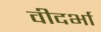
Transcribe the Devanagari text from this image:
वीदर्भा